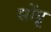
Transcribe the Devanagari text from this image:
सोंढू